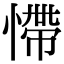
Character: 㦅